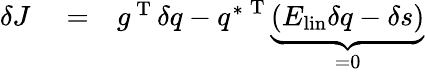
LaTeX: \begin{array}{rlr}{\delta J}&{{}=}&{g^{\mathrm{~T~}}\delta q-{q^{*}}^{\mathrm{~T~}}\underbrace{\left(E_{\mathrm{lin}}\delta q-\delta s\right)}_{=0}}\end{array}